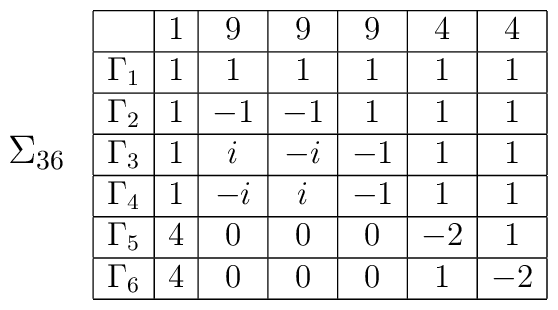
\begin{array}{cc}{\bf \mbox{{\large $\Sigma_{36}$}}}&\begin{array}{|c|c|c|c|c|c|c|}\hline	 & 1 & 9 & 9 & 9 & 4 & 4 \\ \hline\Gamma_1 & 1 & 1 & 1 & 1 & 1 & 1 \\ \hline\Gamma_2 & 1 & -1 & -1 & 1 & 1 & 1 \\ \hline\Gamma_3 & 1 & i & -i & -1 & 1 & 1 \\ \hline\Gamma_4 & 1 & -i & i & -1 & 1 & 1 \\ \hline\Gamma_5 & 4 & 0 & 0 & 0 & -2 & 1 \\ \hline\Gamma_6 & 4 & 0 & 0 & 0 & 1 & -2 \\ \hline\end{array}\end{array}